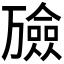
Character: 𪜇